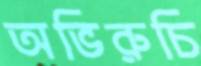
অভিরুচি